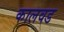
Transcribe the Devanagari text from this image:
कालवड